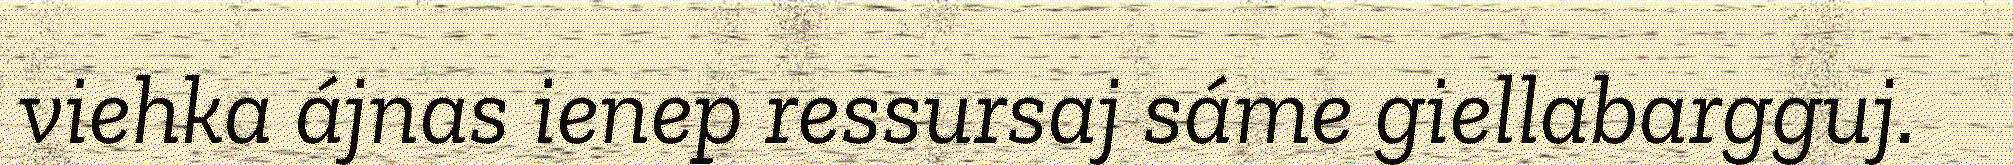
viehka ájnas ienep ressursaj sáme giellabargguj.